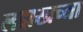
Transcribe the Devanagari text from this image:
लद्दाखच्या